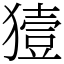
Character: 𤡬